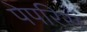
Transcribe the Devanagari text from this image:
पेपरिस